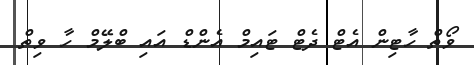
ވޯތް ހާޓިން އެޓް ދެޓް ޓައިމް އެންޑް އައި ބްލޭމް ހާ ވިތް